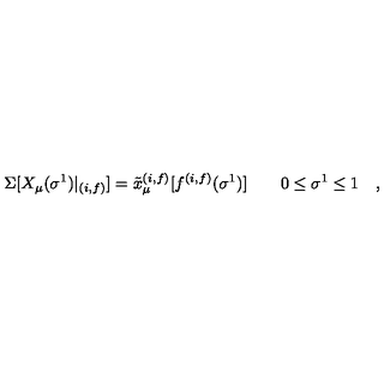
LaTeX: \Sigma [ X _ { \mu } ( \sigma ^ { 1 } ) | _ { ( i , f ) } ] = { \tilde { x } } _ { \mu } ^ { ( i , f ) } [ f ^ { ( i , f ) } ( \sigma ^ { 1 } ) ] \quad \quad 0 \le \sigma ^ { 1 } \le 1 \quad ,